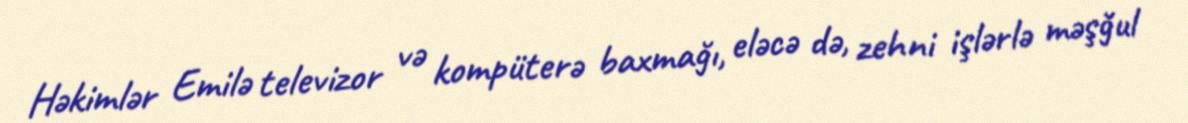
Həkimlər Emilə televizor və kompüterə baxmağı, eləcə də, zehni işlərlə məşğul